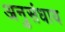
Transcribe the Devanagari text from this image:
अनुसंधाय